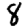
Digit: 8